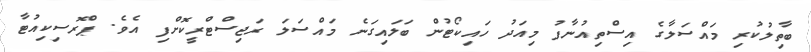
ބާތިލުކުރި މައްސަލާގެ އިސްތިއުނާފު މިއަދު ހައިކޯޓުން ބަލައިގަނެ މައްސަލަ ރަޖިސްޓްރީކޮށްފި އެވެ. ޕްރޮސިކިއުޓާ